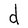
Character: d